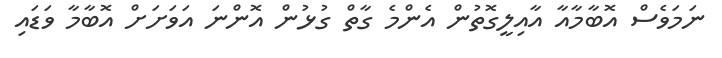
ނަމަވެސް އޮބާމާއާ އާއިލީގޮތުން އެންމެ ގާތް ގުޅުން އޮންނަ އަވަށަށް އޮބާމާ ވަޑައި